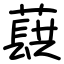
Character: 蕻